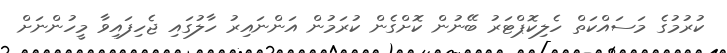
ކުރުމުގެ މަސައްކަތް ހެލިކޮޕްޓަރު ބޭނުން ކޮށްގެން ކުރަމުން އަންނައިރު ހާލުގައި ޖެހިފައިވާ މީހުންނަށް